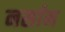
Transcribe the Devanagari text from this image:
नर्सान